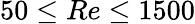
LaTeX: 50\leq Re\leq 1500